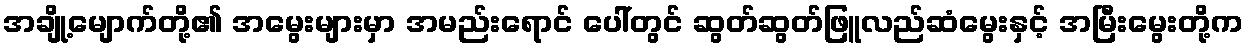
အချို့မျောက်တို့၏ အမွေးများမှာ အမည်းရောင် ပေါ်တွင် ဆွတ်ဆွတ်ဖြူလည်ဆံမွေးနှင့် အမြီးမွေးတို့က